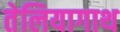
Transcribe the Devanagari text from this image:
तेलियागाथ